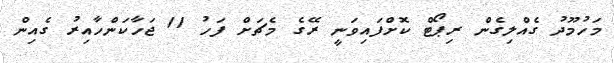
މަހުމޫދު ގެއްލިގެން ރިޕޯޓް ކޮށްފައިވަނީ ރޭގެ މެޗަށް ފަހު 11 ޖަހާކަންހާއިރު ގެއިން